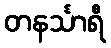
တနင်္သာရီ